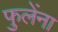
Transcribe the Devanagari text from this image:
फुलेंना